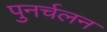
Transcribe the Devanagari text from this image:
पुनर्चलन